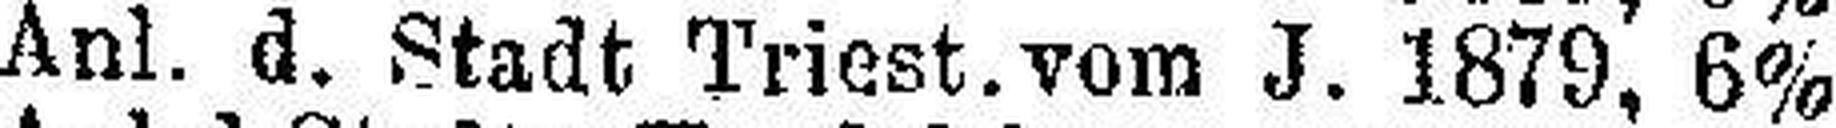
Anl. d. Stadt Triest. vom J. 1879, 6%